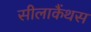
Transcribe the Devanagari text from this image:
सीलाकैंथस